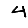
Digit: 4